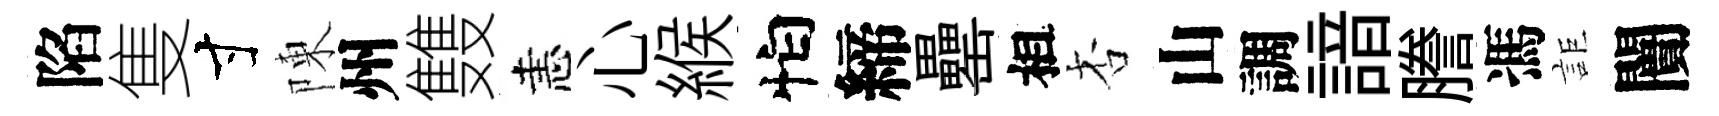
陷隻寸陳州䨇恚心緱怕締罍相杏山調諳謄馮詎闠